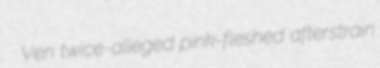
Ven twice-alleged pink-fleshed afterstrain